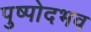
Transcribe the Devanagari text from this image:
पुष्पोदभव